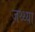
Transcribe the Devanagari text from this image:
जथ्थ्या